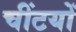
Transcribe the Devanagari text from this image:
चींटयों